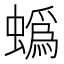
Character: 蟡